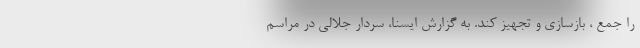
را جمع ، بازسازی و تجهیز کند. به گزارش ایسنا، سردار جلالی در مراسم